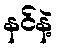
နင်နဲ့